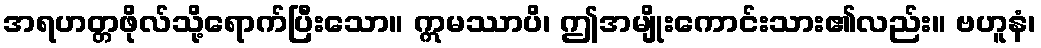
အရဟတ္တဖိုလ်သို့ရောက်ပြီးသော။ ဣမဿာပိ၊ ဤအမျိုးကောင်းသား၏လည်း။ ဗဟူနံ၊